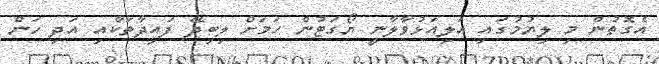
އެގޮތުން މި ލިޔުމުގައި އަލިއަޅުވާލާނީ ޔޯގަޓުން ހަމަށް ލިބިދޭ ފައިދާތަކާއި އަދި ހަން